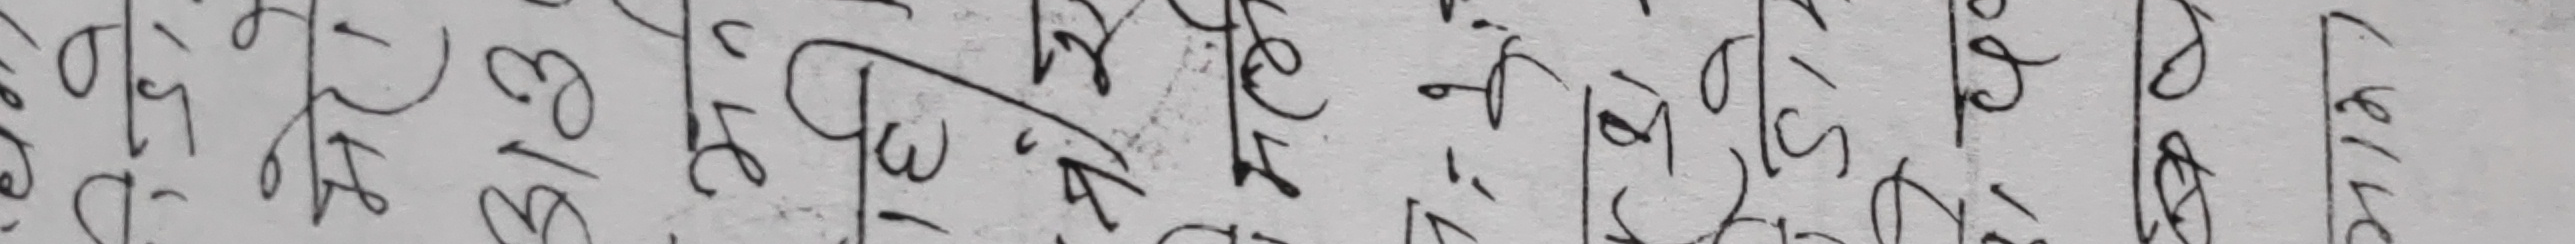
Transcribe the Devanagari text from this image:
३१३ त्रेવેત ३४।६९। १५।७७। ३९/१७/६९/७१६